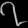
Digit: ၇